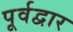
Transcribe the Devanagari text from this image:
पूर्वद्वार